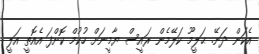
އެކަން ދަނޭ. ޙަލީމޫ ކަލޭމެން ރައީސް ޔާމީނަށް ހުކުމް ކޮށްފަ އެެއޮތީ އަލީ